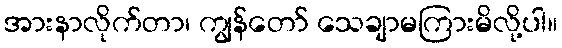
အားနာလိုက်တာ၊ ကျွန်တော် သေချာမကြားမိလို့ပါ။